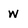
Character: w